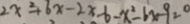
2 x ^ { 2 } + 6 x - 2 x - 6 - x ^ { 2 } - 6 x - 9 = 0